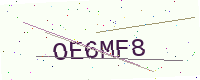
Text: OE6MF8